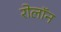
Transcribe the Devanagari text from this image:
रोलॉन